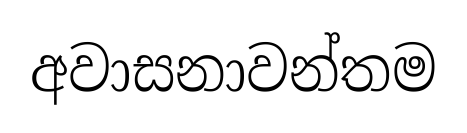
අවාසනාවන්තම